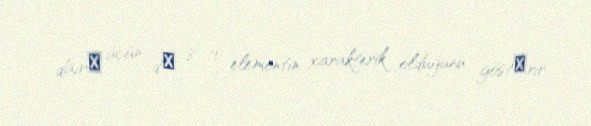
dairә üçün dә 8–10 elementin xarakterik olduğunu göstәrir.